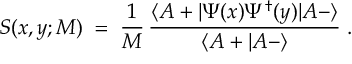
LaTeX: S ( x , y ; M ) \; = \; \frac { 1 } { M } \, \frac { \langle A + | \Psi ( x ) \Psi ^ { \dagger } ( y ) | A - \rangle } { \langle A + | A - \rangle } \; .